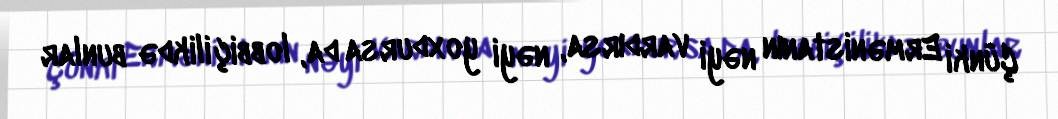
Çünki Ermənistanın nəyi vardırsa, nəyi yoxdursa da, lobbiçilikdə bunlar